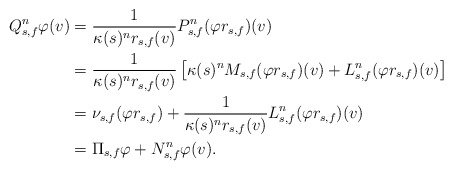
\begin{align*}Q_{s,f}^n \varphi(v) & = \frac{1}{\kappa(s)^n r_{s,f}(v)} P_{s,f}^n(\varphi r_{s,f})(v) \\& = \frac{1}{\kappa(s)^n r_{s,f}(v)} \left[ \kappa(s)^n M_{s,f}(\varphi r_{s,f})(v) + L_{s,f}^n(\varphi r_{s,f})(v) \right] \\& = \nu_{s,f} (\varphi r_{s,f}) + \frac{1}{\kappa(s)^n r_{s,f}(v)} L_{s,f}^n(\varphi r_{s,f})(v) \\& = \Pi_{s,f} \varphi + N^n_{s,f} \varphi(v). \end{align*}